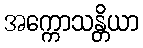
အက္ကောသန္တိယာ